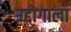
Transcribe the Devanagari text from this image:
उद्दोगाला